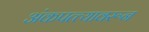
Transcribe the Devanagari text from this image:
अंकपत्त्यावरून